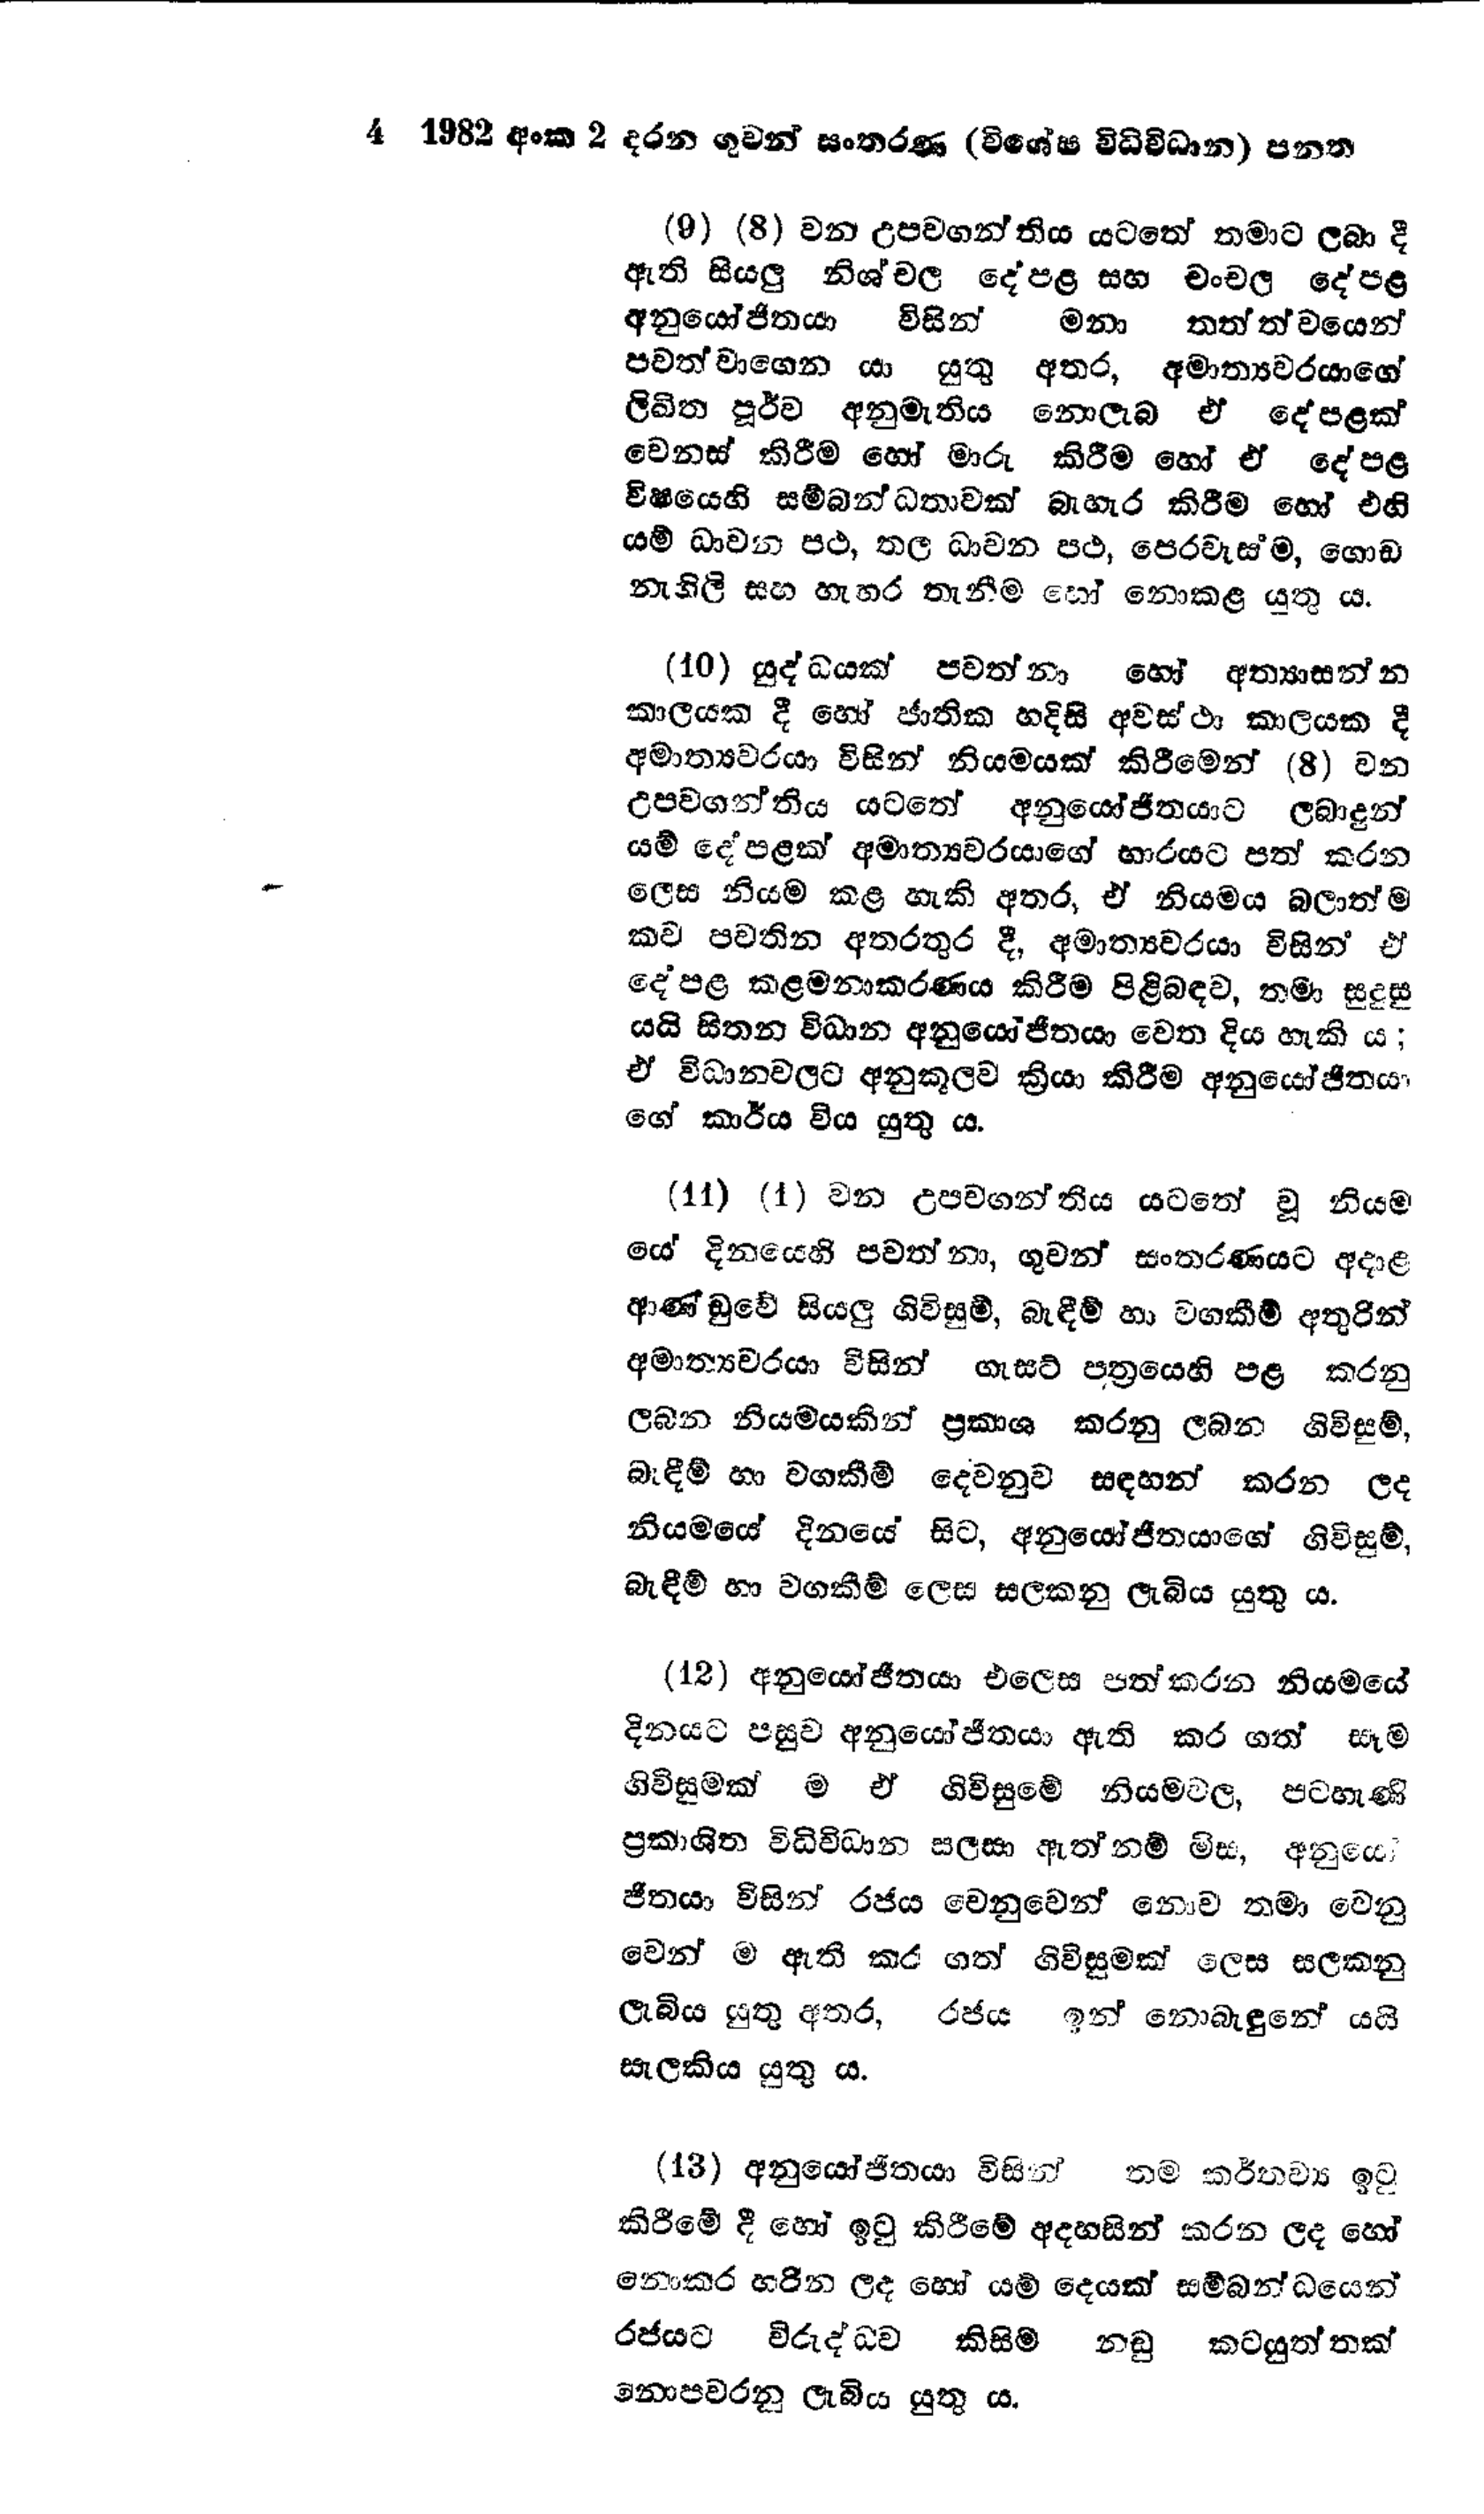
4 1982 අංක 2 දරන ගුවන් සංතරණ (විශේෂ විධිවිධාන) පනත

(9) (8) වන උපවගන්තිය යටතේ තමාට ලබා දී
ඇති සියලු නිශ්චල දේපළ සහ චංචල දේපළ
අනුයෝජිතයා විසින් මනා තත්ත්වයෙන්
පවත්වාගෙන යා යුතු අතර, අමාත්‍යවරයාගේ
ලිඛිත පූර්ව අනුමැතිය නොලැබ ඒ දේපළක්
වෙනස් කිරීම හෝ මාරු කිරීම හෝ ඒ දේපළ
විෂයෙහි සම්බන්ධතාවක් බැහැර කිරීම හෝ එහි
යම් ධාවන පථ, තල ධාවන පථ, පෙරවැස්ම, ගොඩ
නැගිලි සහ හැඟර තැනීම හෝ නොකළ යුතු ය.

(10) යුද්ධයක් පවත්නා හෝ අත්‍යාසන්න
කාලයක දී හෝ ජාතික හදිසි අවස්ථා කාලයක දී
අමාත්‍යවරයා විසින් නියමයක් කිරීමෙන් (8) වන
උපවගන්තිය යටතේ අනුයෝජිතයාට ලබාදුන්
යම් දේපළක් අමාත්‍යවරයාගේ භාරයට පත් කරන
ලෙස නියම කළ හැකි අතර, ඒ නියමය බලාත් ම
කව පවතින අතරතුර දී, අමාත්‍යවරයා විසින් ඒ
දේපළ කළමනාකරණය කිරීම පිළිබඳව, තමා සුදුසු
යයි සිතන විධාන අනුයෝජිතයා වෙත දිය හැකි ය;
ඒ විධානවලට අනුකූලව ක්‍රියා කිරීම අනුයෝජිතයා
ගේ කාර්ය විය යුතු ය.

(11) (1) වන උපවගන්තිය යටතේ වූ නියම
යෙ දිනයෙහි පවත්නා, ගුවන් සංතරණයට අදාළ
ආණ්ඩුවේ සියලු ගිවිසුම්, බැඳීම් හා වගකීම් අතුරින්
අමාත්‍යවරයා විසින් ගැසට් පත්‍රයෙහි පළ කරනු
ලබන නියමයකින් ප්‍රකාශ කරනු ලබන ගිවිසුම්,
බැඳීම් හා වගකීම් දෙවනුව සඳහන් කරන ලද
නියමයේ දිනයේ සිට, අනුයෝජිතයාගේ ගිවිසුම්,
බැඳීම් හා වගකීම් ලෙස සලකනු ලැබිය යුතු ය.

(12) අනුයෝජිතයා එලෙස පත්කරන නියමයේ
දිනයට පසුව අනුයෝජිතයා ඇති කර ගත් සෑම
ගිවිසුමක් ම ඒ ගිවිසුමේ නියමවල, පටහැණි
ප්‍රකාශිත විධිවිධාන සලසා ඇත්නම් මිස්, අනුයෝ
ජිතයා විසින් රජය වෙනුවෙන් නොව තමා වෙනු
වෙන් ම ඇති කර ගත් ගිවිසුමක් ලෙස සලකනු
ලැබිය යුතු අතර, රජය ඉන් නොබැඳුනේ යයි
සැලකිය යුතු ය.

(13) අනුයෝජිතයා විසින් තම කර්තව්‍ය ඉටු
කිරිමේ දී හෝ ඉටු කිරීමේ අදහසින් කරන ලද හෝ
නොකර හරින ලද හෝ යම් දෙයක් සම්බන්ධයෙන්
රජයට විරුද්ධව කිසිම නඩු කටයුත්තක්
නොපවරනු ලැබිය යුතු ය.